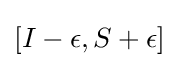
[I-\epsilon ,S+\epsilon ]